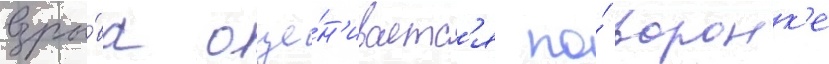
взры́ва оце́н'иваетс'я по́ воронк'е